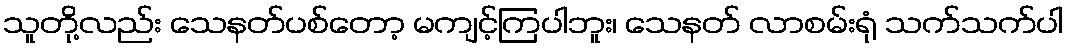
သူတို့လည်း သေနတ်ပစ်တော့ မကျင့်ကြပါဘူး၊ သေနတ် လာစမ်းရုံ သက်သက်ပါ